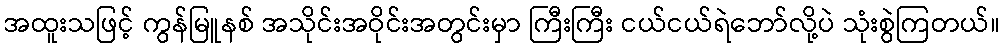
အထူးသဖြင့် ကွန်မြူနစ် အသိုင်းအဝိုင်းအတွင်းမှာ ကြီးကြီး ငယ်ငယ်ရဲဘော်လို့ပဲ သုံးစွဲကြတယ်။